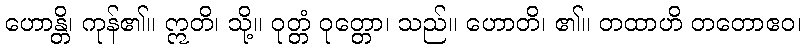
ဟောန္တိ၊ ကုန်၏။ ဣတိ၊ သို့။ ဝုတ္တံ ဝုတ္တော၊ သည်။ ဟောတိ၊ ၏။ တထာဟိ တတောဧဝ၊